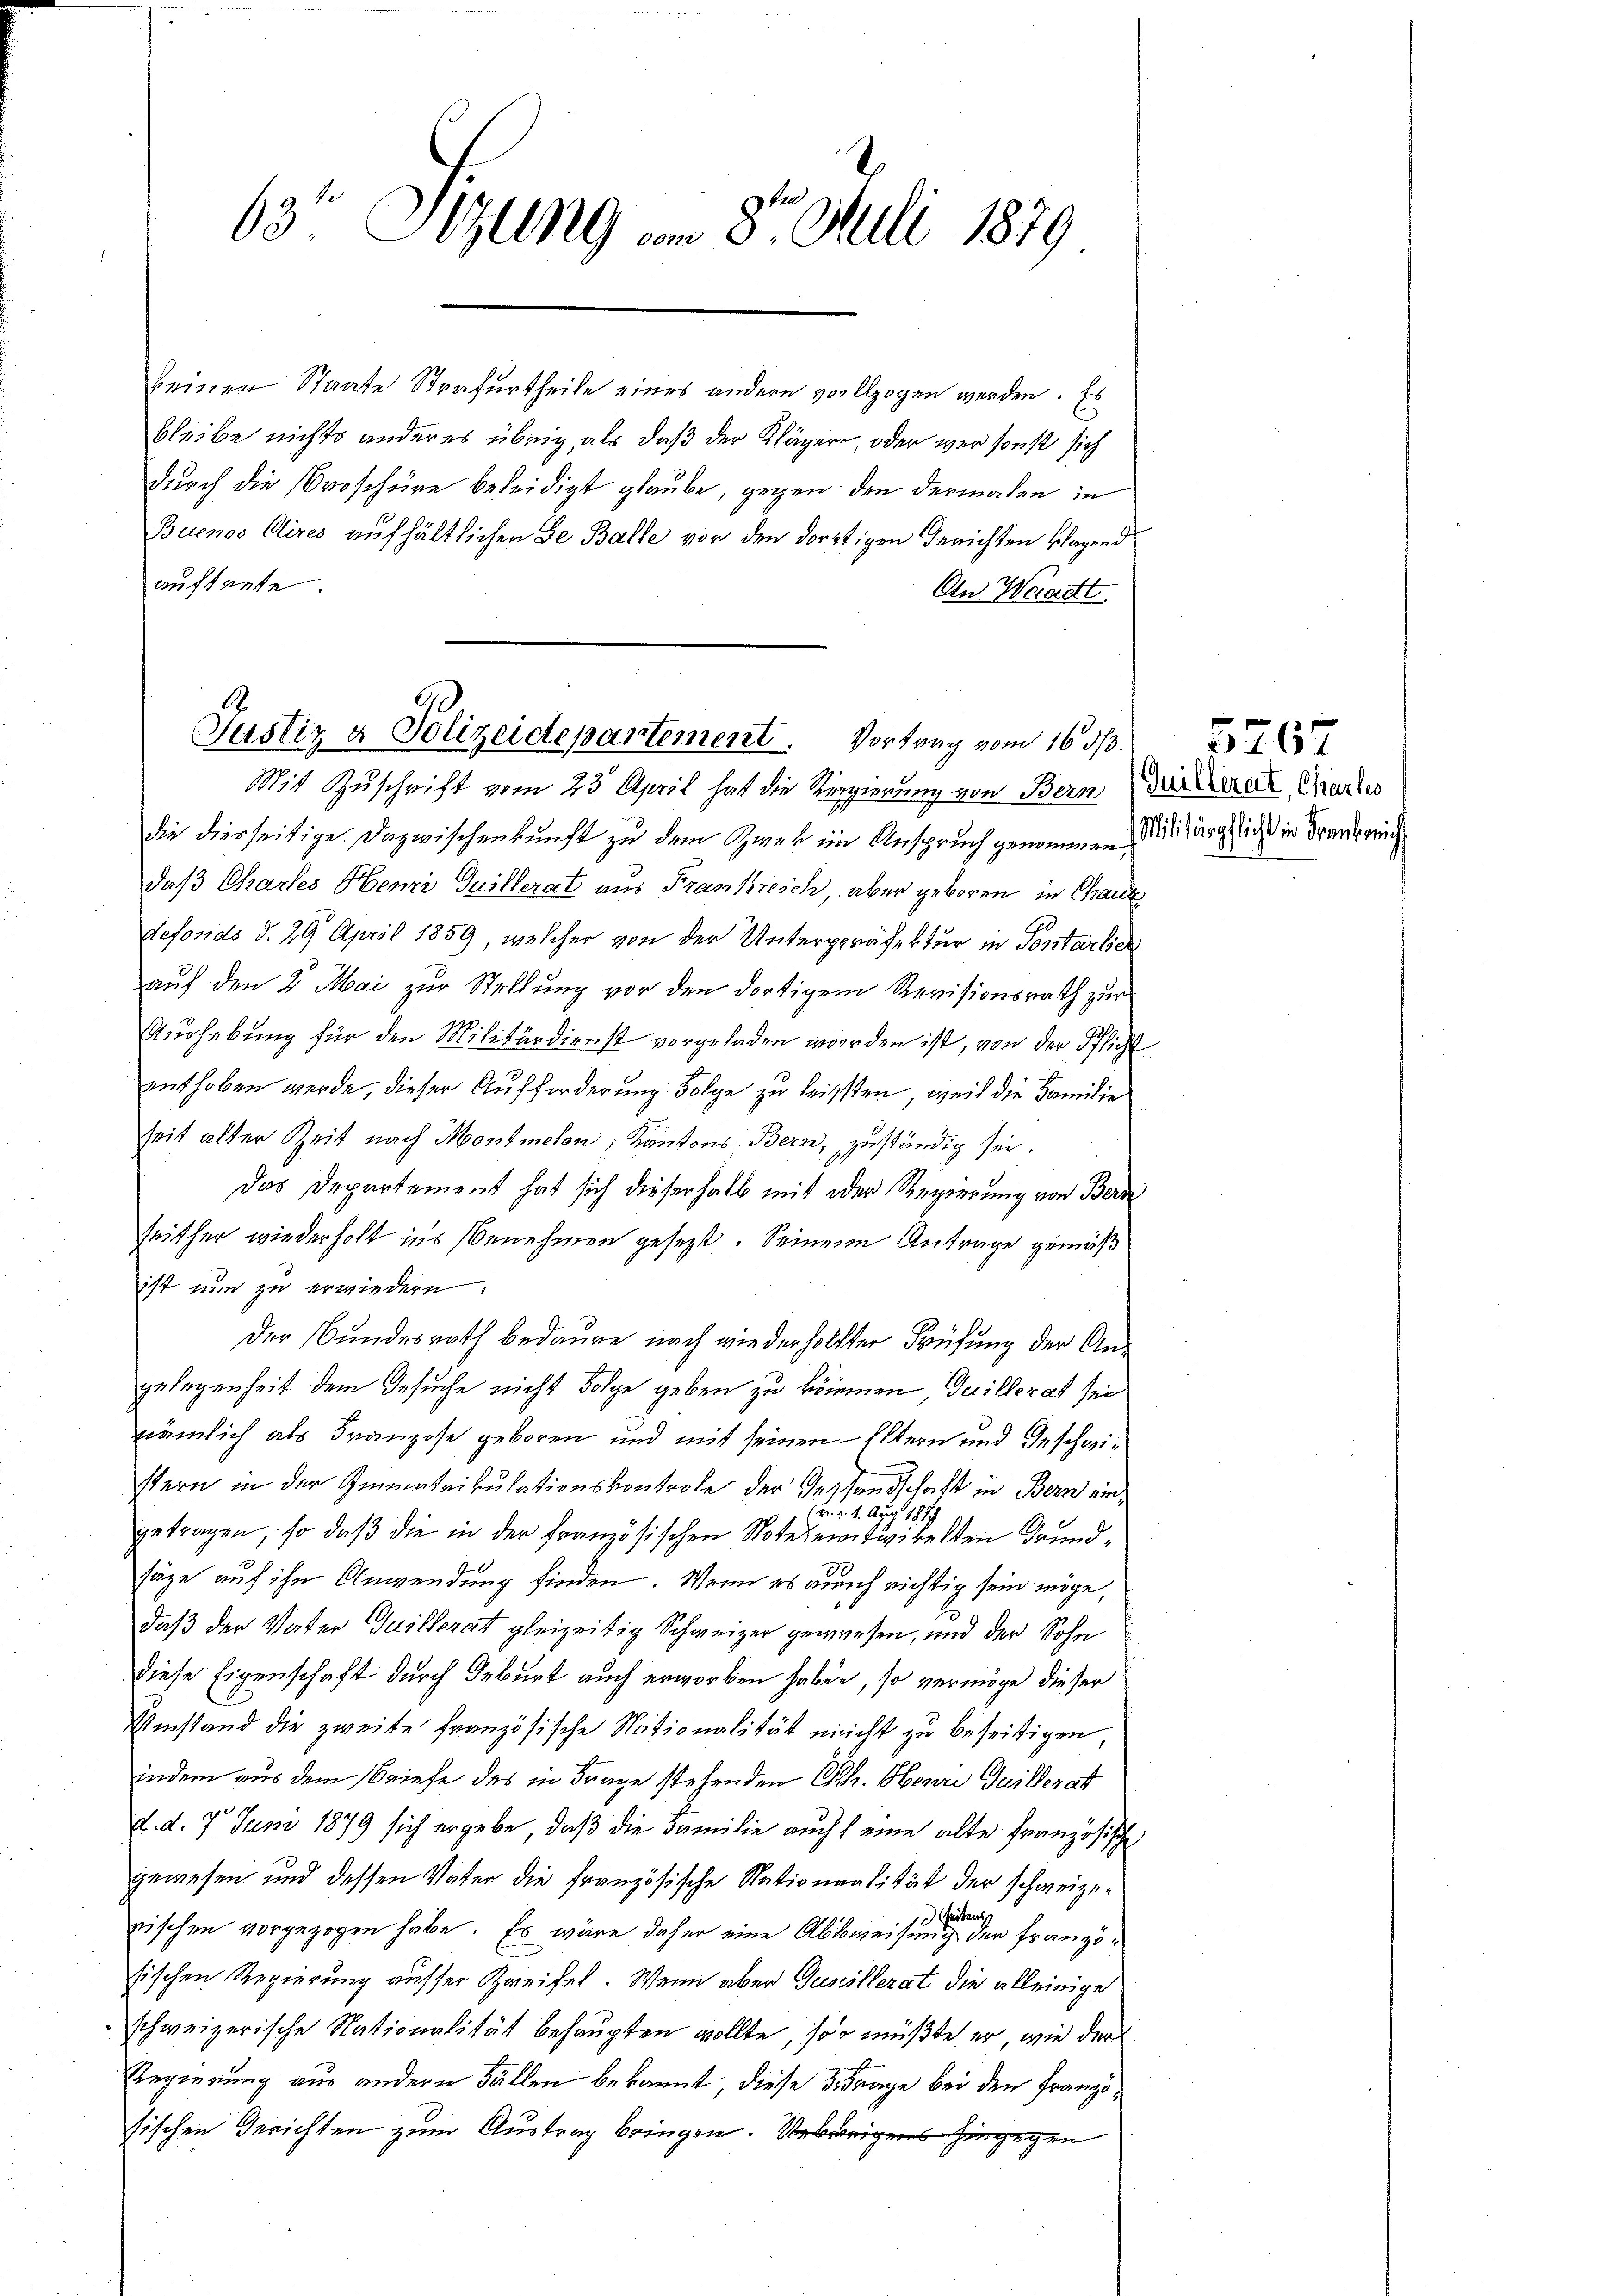
63 Sizung am 8. Juli 1879

keinen Staate Strafurtheile eines andern vollzogen werden. Es
bleibe nichts anderes übrig, als daß der Kläger, oder wer sonst sich
durch die Proschüre beleidigt glaube, gegen den dermalen in
Buenos Aires aufhältlichen Se Balle vor den dortigen Gerichten klagend
auftrete.
An Waadt

Justiz & Polizeidepartement. Vortrag vom 16. ds.

Mit Zuschrift vom 23. April hat die Regierung von Bern Zieleral Gierkes
die dierseitige Dazwischenkunft zu dem Zwek im Anspruch genommen. Mitung sich in Frankreich
daß Chartes Henri Guillerat aus Frankreich, aber geboren in Chauz
defonds d. 29. April 1859, welcher von der Unterpräfektur in Pontarlier
auf den 2 Mai zur Stellung vor den dortigem Revisionsrath zur
Aushebung für den Militärdienst vorgeladen worden ist, von der Pflicht
enthoben werde, dieser Aufforderung Folge zu leissten, weil die Familie
Zeit alter Zeit nach Montmolen, Kantons Bern, zuständig sei.
Das Departement hat sich dieserhalb mit oder Regierung von Bern
seither wiederholt ins Benehmen gesezt. Seinem Antrage gemäß
ist nun zu erwiedern:
Der Bundesrath bedaure nach wiederholter Prüfung der Angelegenheit dem Gesuche nicht Folge geben zu können, Guillerat sei
nämlich als Franzose geboren und mit seinen Eltern und Geschwistern in der Immatrikulationskontrole der Gesandschaft in Bern ein
v. §. 1. Aug 1879
getragen, so daß die in der französischen Noteleitwikelten Grundsäge auf ihn Anwendung finden. Wenn es auch richtig sein möge,
daß der Vater Guillerat gleizeitig Schweizer gewesen, und der Sohn
diese Eigenschaft durch Geburt auch erworben haben, so vermöge dieser
Umstand die zweite französische Stationalität nicht zu beseitigen,
indem aus dem Briefe des in Frage stehenden Ch. Oberre Guillerat
d. d. 7. Juni 1879 sich ergebe, daß die Familie auch eine alte Französische
gewesen, und dessen Vater die französische Nationalität der schweizeseitens
rischen vorgezogen habe. Es wäre daher eine Abbweisung der Französischen Regierung ausser Zweifel. Wenn aber Gunöllerat die alleinige
schweizerische Nationalität behaupten wollte, so müßte er, wie der

Regierung aus andern Fällen bekannt, diese Frage bei den Französischen Gerichten zum Austrag bringen. Uebrigens hingegen

5767